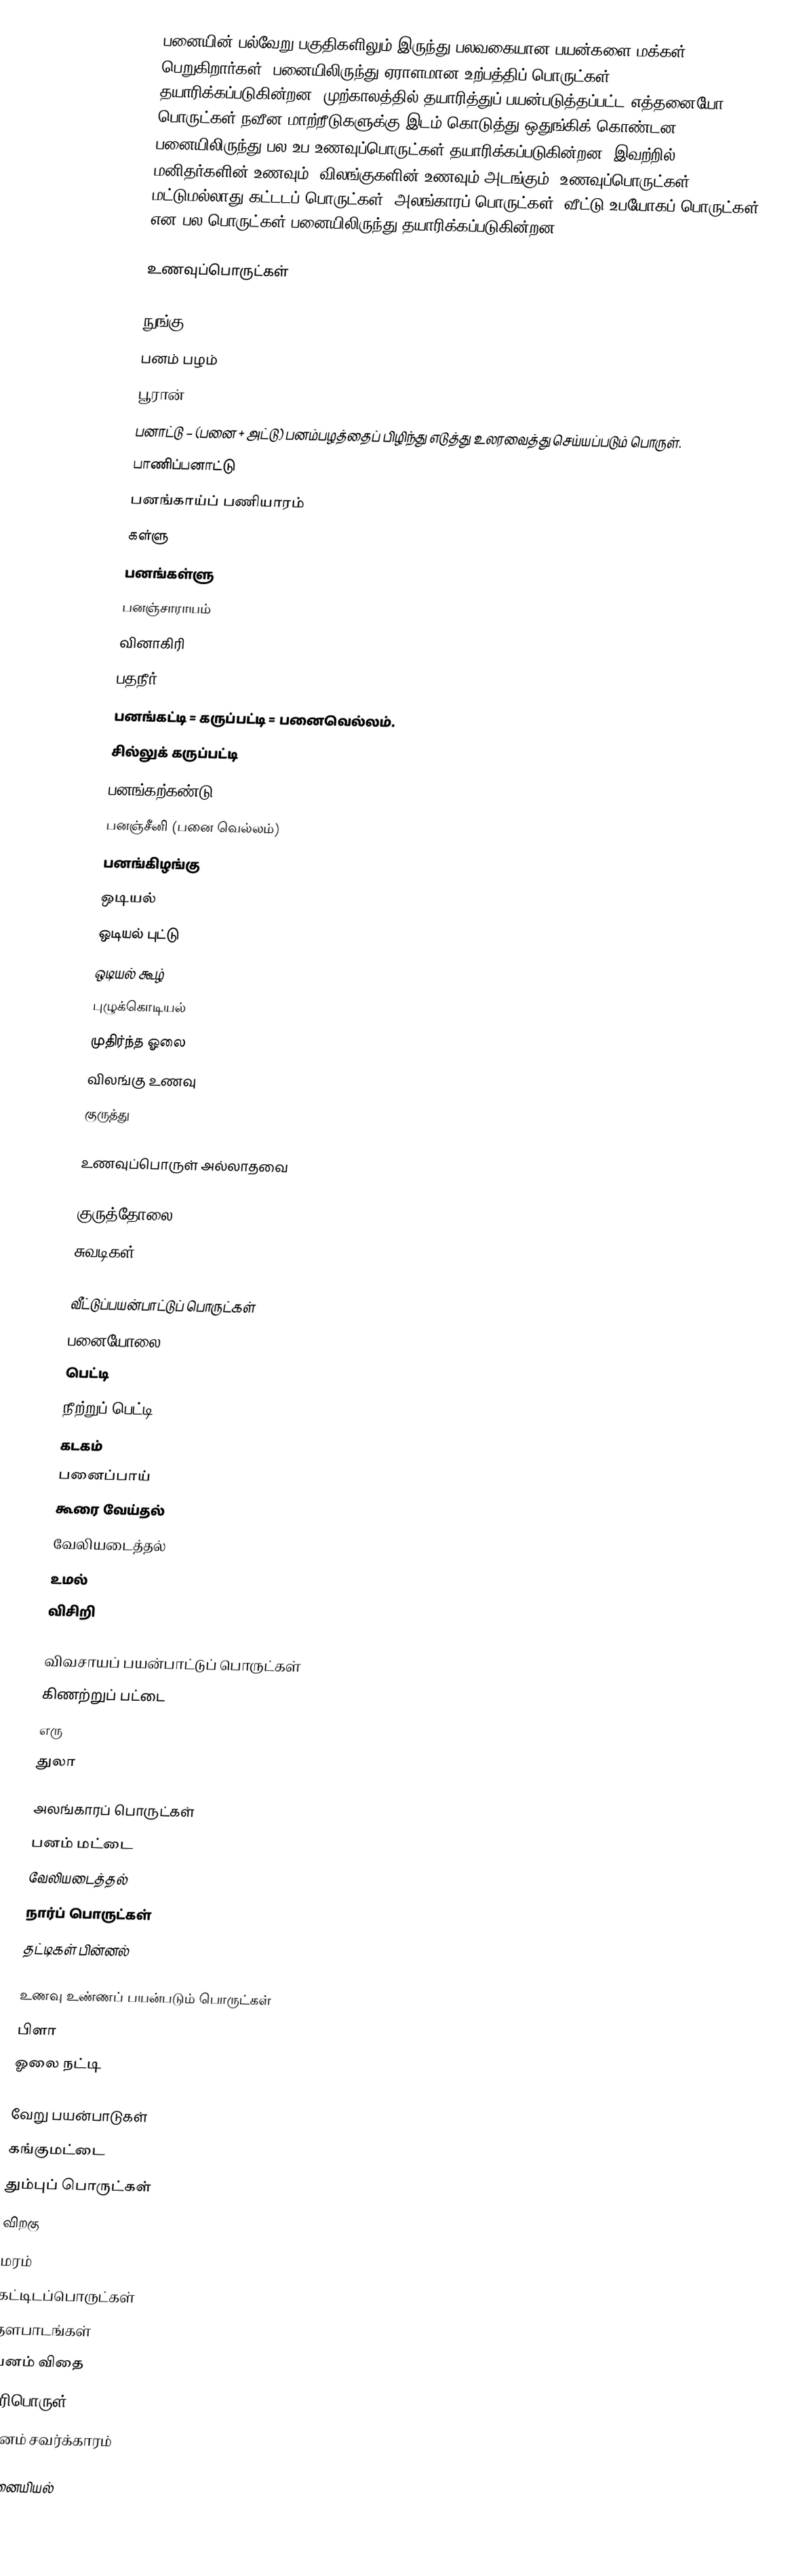
பனையின் பல்வேறு பகுதிகளிலும் இருந்து பலவகையான பயன்களை மக்கள் பெறுகிறார்கள். பனையிலிருந்து ஏராளமான உற்பத்திப் பொருட்கள் தயாரிக்கப்படுகின்றன. முற்காலத்தில் தயாரித்துப் பயன்படுத்தப்பட்ட எத்தனையோ பொருட்கள் நவீன மாற்றீடுகளுக்கு இடம் கொடுத்து ஒதுங்கிக் கொண்டன. பனையிலிருந்து பல உப உணவுப்பொருட்கள் தயாரிக்கப்படுகின்றன. இவற்றில் மனிதர்களின் உணவும், விலங்குகளின் உணவும் அடங்கும். உணவுப்பொருட்கள் மட்டுமல்லாது கட்டடப் பொருட்கள், அலங்காரப் பொருட்கள், வீட்டு உபயோகப் பொருட்கள் என பல பொருட்கள் பனையிலிருந்து தயாரிக்கப்படுகின்றன.

உணவுப்பொருட்கள்

 நுங்கு
 பனம் பழம்
 பூரான்
 பனாட்டு – (பனை + அட்டு) பனம்பழத்தைப் பிழிந்து எடுத்து உலரவைத்து செய்யப்படும் பொருள்.
 பாணிப்பனாட்டு
 பனங்காய்ப் பணியாரம்
 கள்ளு
 பனங்கள்ளு
 பனஞ்சாராயம்
 வினாகிரி
 பதநீர்
 பனங்கட்டி = கருப்பட்டி =  பனைவெல்லம்.
 சில்லுக் கருப்பட்டி
 பனங்கற்கண்டு
 பனஞ்சீனி (பனை வெல்லம்)
 பனங்கிழங்கு
 ஒடியல்
 ஒடியல் புட்டு
 ஒடியல் கூழ்
 புழுக்கொடியல்
 முதிர்ந்த ஓலை
 விலங்கு உணவு
 குருத்து

உணவுப்பொருள் அல்லாதவை

 குருத்தோலை
 சுவடிகள்

வீட்டுப்பயன்பாட்டுப் பொருட்கள்
 பனையோலை
பெட்டி
 நீற்றுப் பெட்டி
 கடகம்
பனைப்பாய்
 கூரை வேய்தல்
 வேலியடைத்தல்
 உமல்
 விசிறி

விவசாயப் பயன்பாட்டுப் பொருட்கள்
 கிணற்றுப் பட்டை
 எரு
 துலா

அலங்காரப் பொருட்கள்
 பனம் மட்டை
 வேலியடைத்தல்
 நார்ப் பொருட்கள்
 தட்டிகள் பின்னல்

உணவு உண்ணப் பயன்படும் பொருட்கள்
 பிளா
 ஓலை நட்டி

வேறு பயன்பாடுகள்
 கங்குமட்டை
 தும்புப் பொருட்கள்
 விறகு
 மரம்
 கட்டிடப்பொருட்கள்
 தளபாடங்கள்
 பனம் விதை
 எரிபொருள்
 பனம் சவர்க்காரம்

பனையியல்